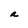
Character: a